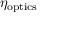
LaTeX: \eta _ { \mathrm { o p t i c s } }